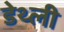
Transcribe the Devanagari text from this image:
डेथ्ली